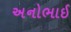
અનોભાઈ